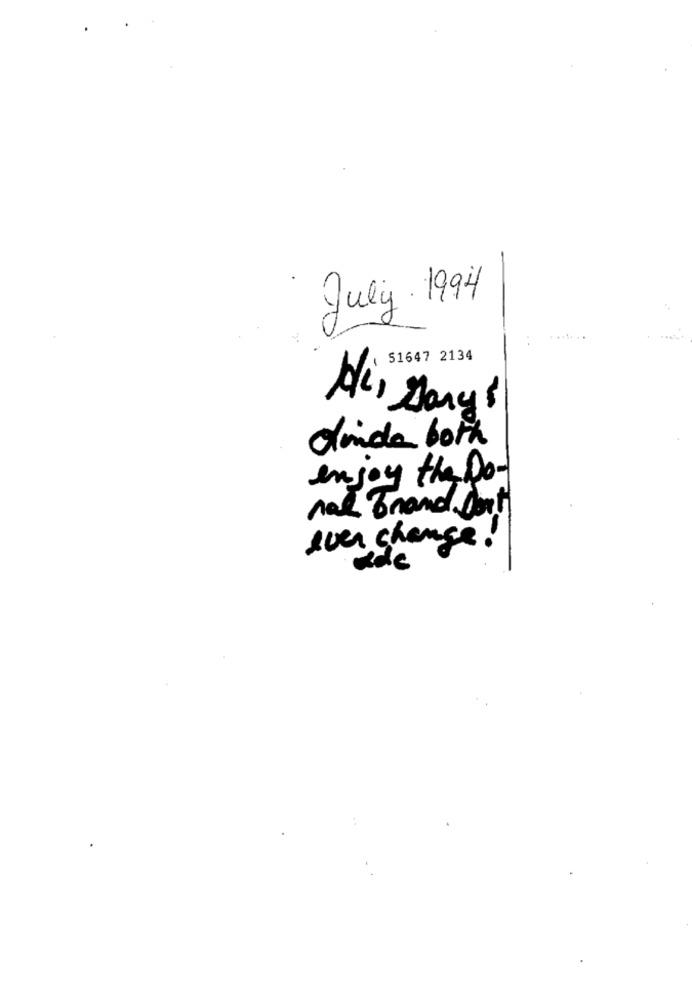
July 1994
51647 2134
Olinda both
enjoy the Do.
ral Brand Cont
ever change!
ade